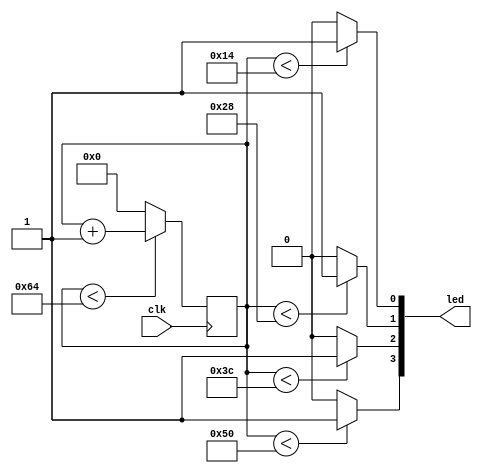
`timescale 1ns / 1ps
//////////////////////////////////////////////////////////////////////////////////
// Company: 
// Engineer: 
// 
// Design Name: 
// Module Name: top
// Project Name: 
// Target Devices: 
// Tool Versions: 
// Description: 
// 
// Dependencies: 
// 
// Revision:
// Revision 0.01 - File Created
// Additional Comments:
// 
//////////////////////////////////////////////////////////////////////////////////


module top(
    input clk,
    output [3:0] led
    );
    
    
// Creating a coutner
reg [7:0] counter = 0;
always@(posedge clk) begin
    if (counter < 100) 
        counter <= counter + 1; //Count up to 100
    else counter <= 0; // reset
end

// 20% duty cycle
assign led[0] = (counter < 20) ? 1:0; // Turn led to 1 if counter is <20

// 40% duty cycle
assign led[1] = (counter < 40) ? 1:0; // Turn led to 1 if counter is <40

// 60% duty cycle
assign led[2] = (counter < 60) ? 1:0; // Turn led to 1 if counter is <60

// 80% duty cycle
assign led[3] = (counter < 80) ? 1:0; // Turn led to 1 if counter is <80
endmodule